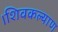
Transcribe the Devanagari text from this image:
।शिवकल्याण